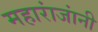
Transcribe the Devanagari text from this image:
महारांजांनी